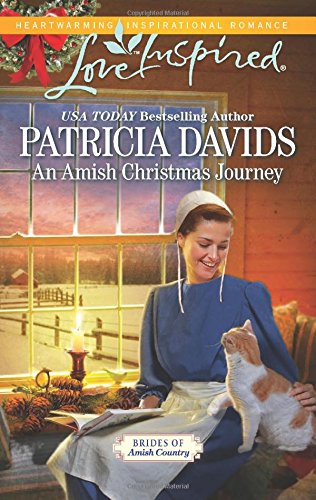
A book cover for An Amish Christmas Journey (Love Inspired\Brides of Amish Country); Patricia Davids; Christian Books & Bibles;